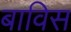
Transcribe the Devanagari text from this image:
बाविस